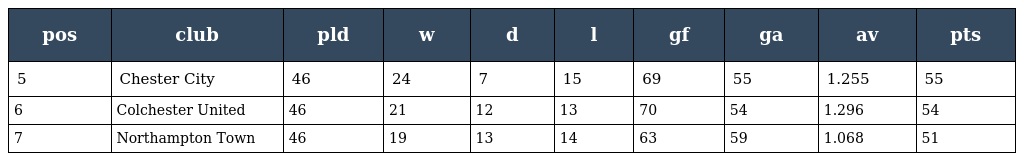
| pos | club | pld | w | d | l | gf | ga | av | pts |
 | --- | --- | --- | --- | --- | --- | --- | --- | --- | --- |
 | 5 | Chester City | 46 | 24 | 7 | 15 | 69 | 55 | 1.255 | 55 |
 | 6 | Colchester United | 46 | 21 | 12 | 13 | 70 | 54 | 1.296 | 54 |
 | 7 | Northampton Town | 46 | 19 | 13 | 14 | 63 | 59 | 1.068 | 51 |